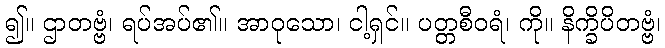
၍။ ဌာတဗ္ဗံ၊ ရပ်အပ်၏။ အာဝုသော၊ ငါ့ရှင်။ ပတ္တစီဝရံ၊ ကို။ နိက္ခိပိတဗ္ဗံ၊